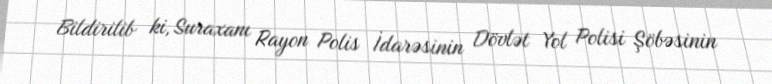
Bildirilib ki, Suraxanı Rayon Polis İdarəsinin Dövlət Yol Polisi Şöbəsinin